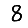
Digit: 8